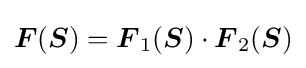
{\boldsymbol {F}}({\boldsymbol {S}})={\boldsymbol {F}}_{1}({\boldsymbol {S}})\cdot {\boldsymbol {F}}_{2}({\boldsymbol {S}})